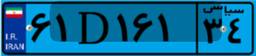
۸۵D۶۱۹۸۲